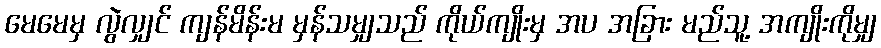
မေမေမှ လွဲလျှင် ကျန်မိန်းမ မှန်သမျှသည် ကိုယ်ကျိုးမှ အပ အခြား မည်သူ့ အကျိုးကိုမျှ